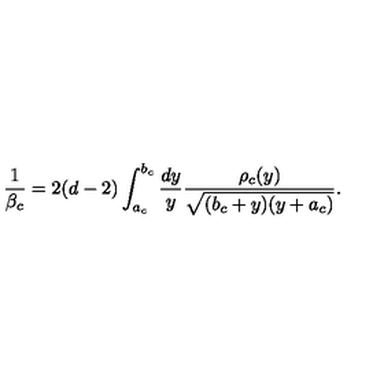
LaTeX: { \frac { 1 } { \beta _ { c } } } = 2 ( d - 2 ) \int _ { a _ { c } } ^ { b _ { c } } { \frac { d y } { y } } { \frac { \rho _ { c } ( y ) } { \sqrt { ( b _ { c } + y ) ( y + a _ { c } ) } } } .